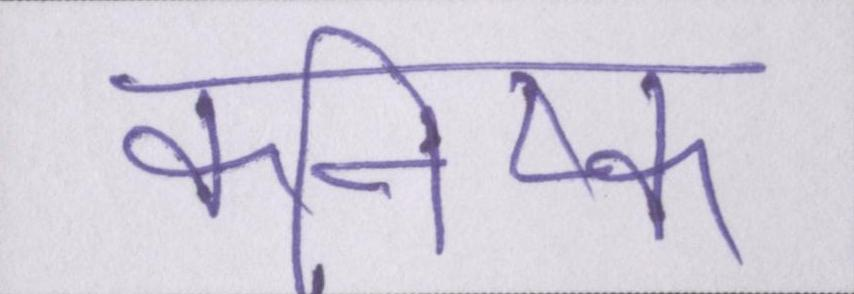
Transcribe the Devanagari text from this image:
कनिष्क